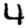
Digit: 4